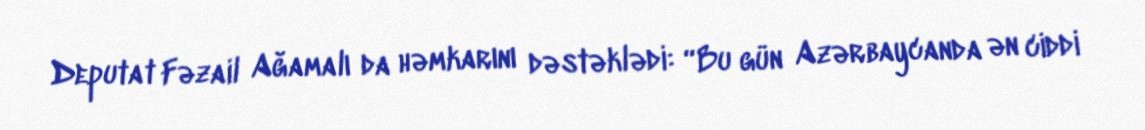
Deputat Fəzail Ağamalı da həmkarını dəstəklədi: “Bu gün Azərbaycanda ən ciddi